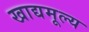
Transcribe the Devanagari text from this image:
खाद्यमूल्य